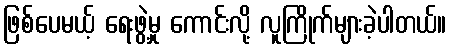
ဖြစ်ပေမယ့် ရေးဖွဲ့မှု ကောင်းလို့ လူကြိုက်များခဲ့ပါတယ်။